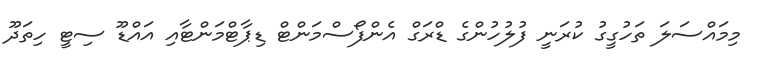
މިމައްސަލަ ތަހުގީގު ކުރަނީ ފުލުހުންގެ ޑްރަގް އެންފޯސްމަންޓް ޑިޕާޓްމަންޓާއި އައްޑޫ ސިޓީ ހިތަދޫ